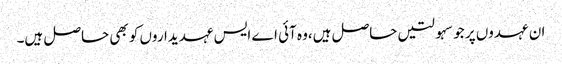
ان عہدوں پر جو سہولتیں حاصل ہیں،وہ آئی اے ایس عہدیداروں کو بھی حاصل ہیں۔